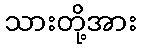
သားတို့အား